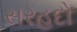
સરહદો